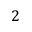
2